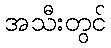
အသီးတွင်